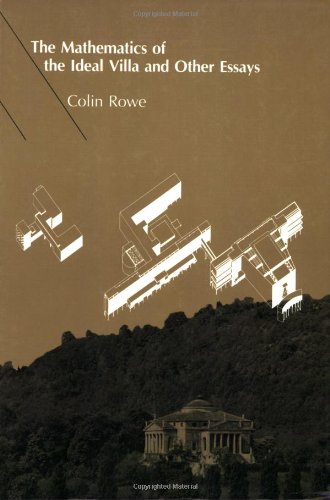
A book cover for The Mathematics of the Ideal Villa and Other Essays; Colin Rowe; Arts & Photography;